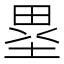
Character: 塁